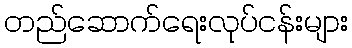
တည်ဆောက်ရေးလုပ်ငန်းများ